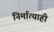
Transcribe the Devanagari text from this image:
निर्मात्याही